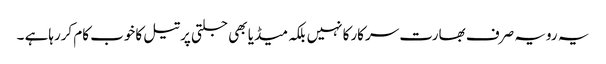
یہ رویہ صرف بھارت سرکارکا نہیں بلکہ میڈیا بھی جلتی پرتیل کاخوب کام کررہاہے ۔